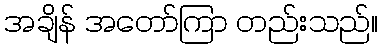
အချိန် အတော်ကြာ တည်းသည်။